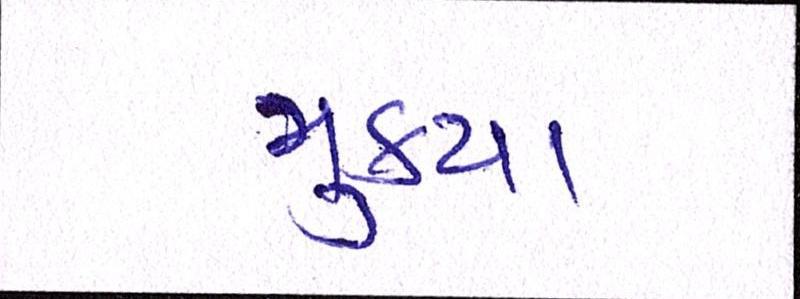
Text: મુક્યા